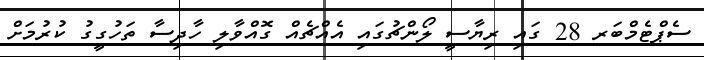
ސެޕްޓެމްބަރ 28 ގައި ރިޔާސީ ލޯންޗުގައި އެއްޗެއް ގޮއްވާލި ހާދިސާ ތަހުގީގު ކުރުމަށް